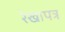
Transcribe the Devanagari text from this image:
रेखापत्र